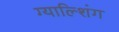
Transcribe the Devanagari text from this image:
ग्याल्शिंग